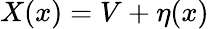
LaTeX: X(x)=V+\eta(x)